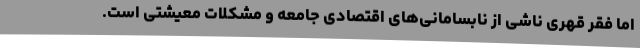
اما فقر قهری ناشی از نابسامانی‌های اقتصادی جامعه و مشکلات معیشتی است.